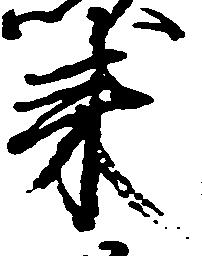
来